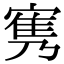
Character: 㝦